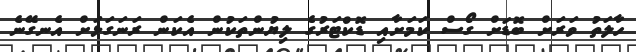
ހާލަތު ވަރަށް ބޮޑަށް ގޯސް ކަމަށާއި ޑޮކްޓަރުގެ ލިޔުންތަކުން އެކަން ރަނަގަޅަށް އެނގޭނެ